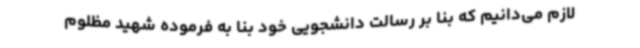
لازم می‌دانیم که بنا بر رسالت دانشجویی خود بنا به فرموده شهید مظلوم